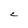
Character: C